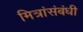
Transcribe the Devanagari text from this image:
मित्रांसंबंधी